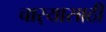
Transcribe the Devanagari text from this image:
चार्‍यासाठी